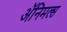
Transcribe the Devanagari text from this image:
अॅनिमल्स